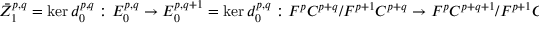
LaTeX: { \bar { Z } } _ { 1 } ^ { p , q } = \ker d _ { 0 } ^ { p , q } : E _ { 0 } ^ { p , q } \rightarrow E _ { 0 } ^ { p , q + 1 } = \ker d _ { 0 } ^ { p , q } : F ^ { p } C ^ { p + q } / F ^ { p + 1 } C ^ { p + q } \rightarrow F ^ { p } C ^ { p + q + 1 } / F ^ { p + 1 } C ^ { p + q + 1 }